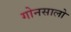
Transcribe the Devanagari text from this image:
गोनसालो